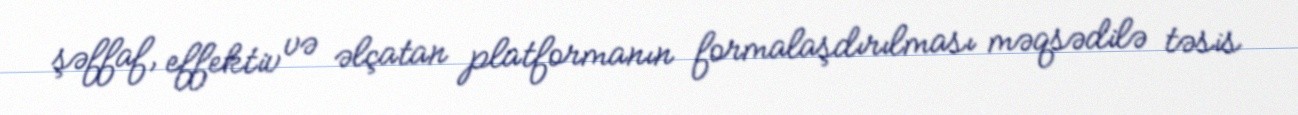
şəffaf, effektiv və əlçatan platformanın formalaşdırılması məqsədilə təsis